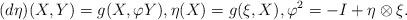
LaTeX: \begin{align*} (d\eta)(X,Y) = g(X,\varphi Y), \eta(X)=g(\xi, X), \varphi^{2} = -I + \eta \otimes \xi.\end{align*}